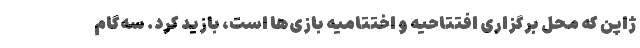
ژاپن که محل برگزاری افتتاحیه و اختتامیه بازی‌ها است، بازید کرد. سه‌گام